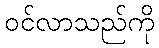
ဝင်လာသည်ကို